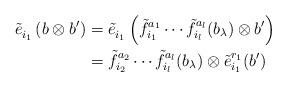
LaTeX: \begin{align*}\tilde{e}_{i_1}^{} \left( b \otimes b^\prime \right) &= \tilde{e}_{i_1}^{} \left( \tilde{f}_{i_1}^{a_1} \cdots \tilde{f}_{i_l}^{a_l} (b_\lambda) \otimes b^\prime \right) \\&= \tilde{f}_{i_2}^{a_2} \cdots \tilde{f}_{i_l}^{a_l} (b_\lambda) \otimes \tilde{e}_{i_1}^{r_1} (b^\prime)\end{align*}